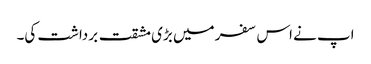
اپ نے اس سفر میں بڑی مشقت برداشت کی۔